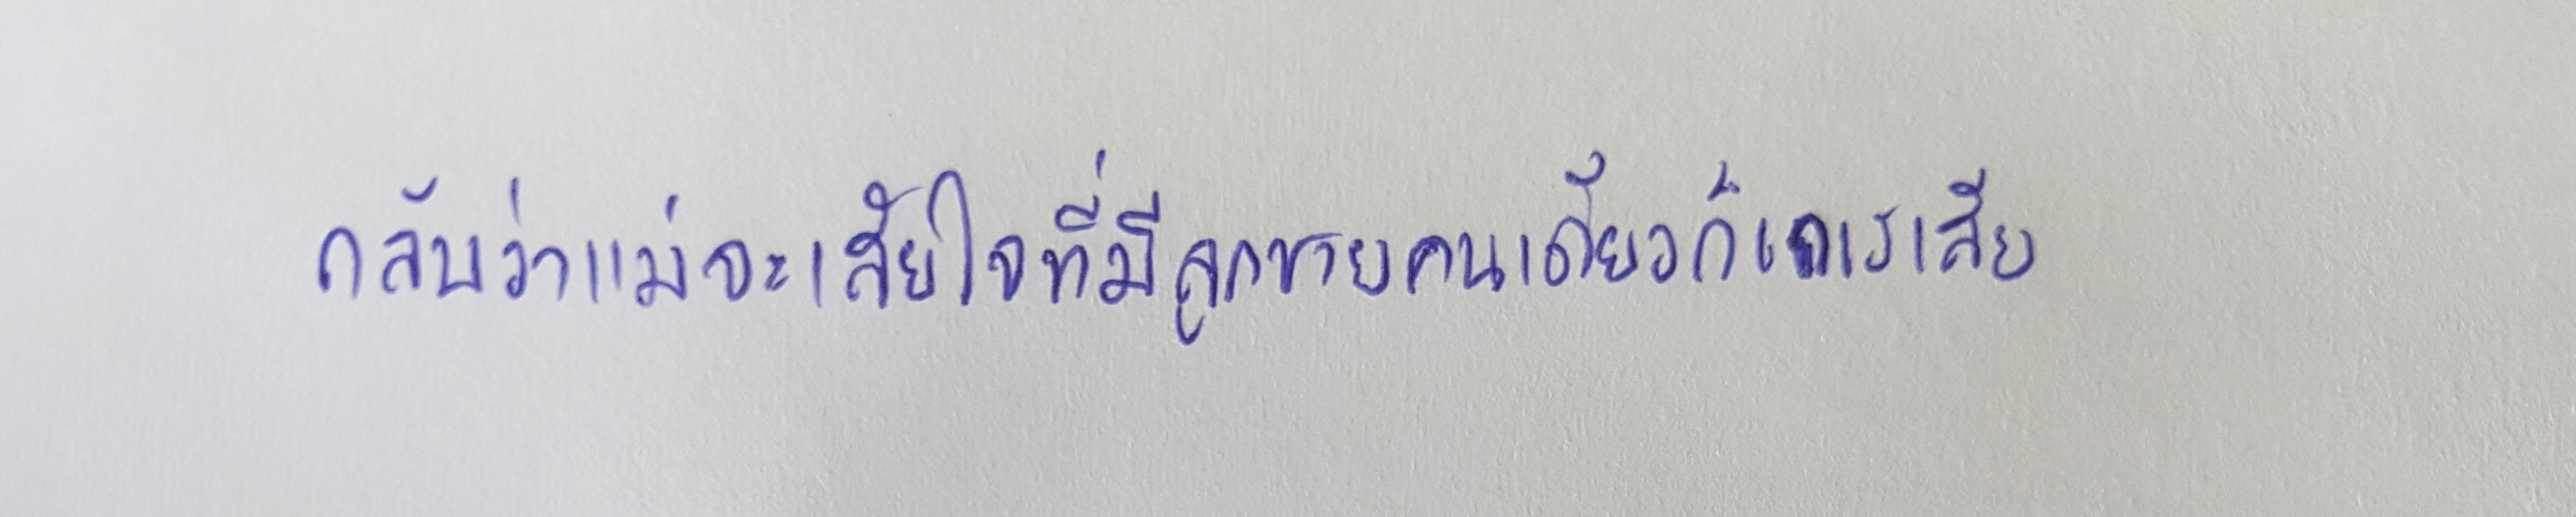
กลับว่าแม่จะเสียใจที่มีลูกชายคนเดียวก็เกเรเสีย